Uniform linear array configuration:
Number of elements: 12
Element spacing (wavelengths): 0.25
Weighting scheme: blackman
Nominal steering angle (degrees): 30
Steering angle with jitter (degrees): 28.605
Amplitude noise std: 0.05
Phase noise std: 0.05

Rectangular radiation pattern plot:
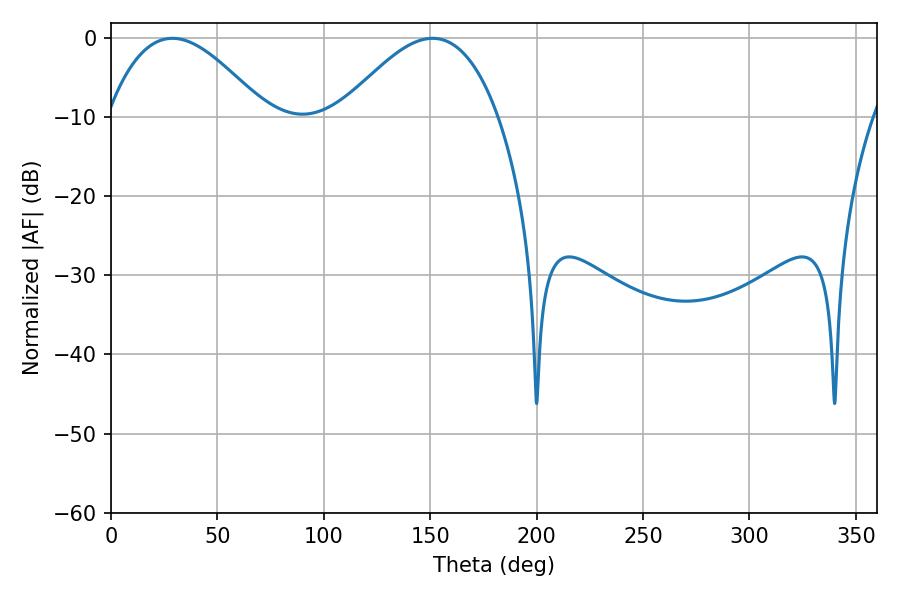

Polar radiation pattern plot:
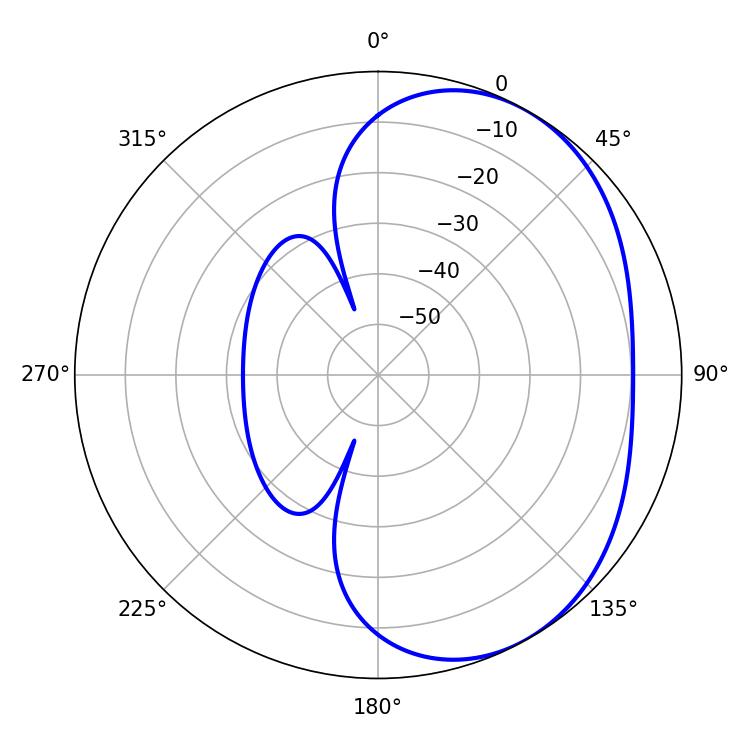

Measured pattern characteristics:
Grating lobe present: FALSE
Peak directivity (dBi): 3.743
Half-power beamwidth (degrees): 40.14
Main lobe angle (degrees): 28.8